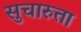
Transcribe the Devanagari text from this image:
सुचारुता